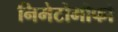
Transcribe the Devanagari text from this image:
निमेटोमोर्फा